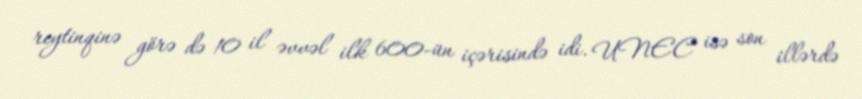
reytinqinə görə də 10 il əvvəl ilk 600-ün içərisində idi. UNEC isə son illərdə